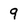
Character: 9